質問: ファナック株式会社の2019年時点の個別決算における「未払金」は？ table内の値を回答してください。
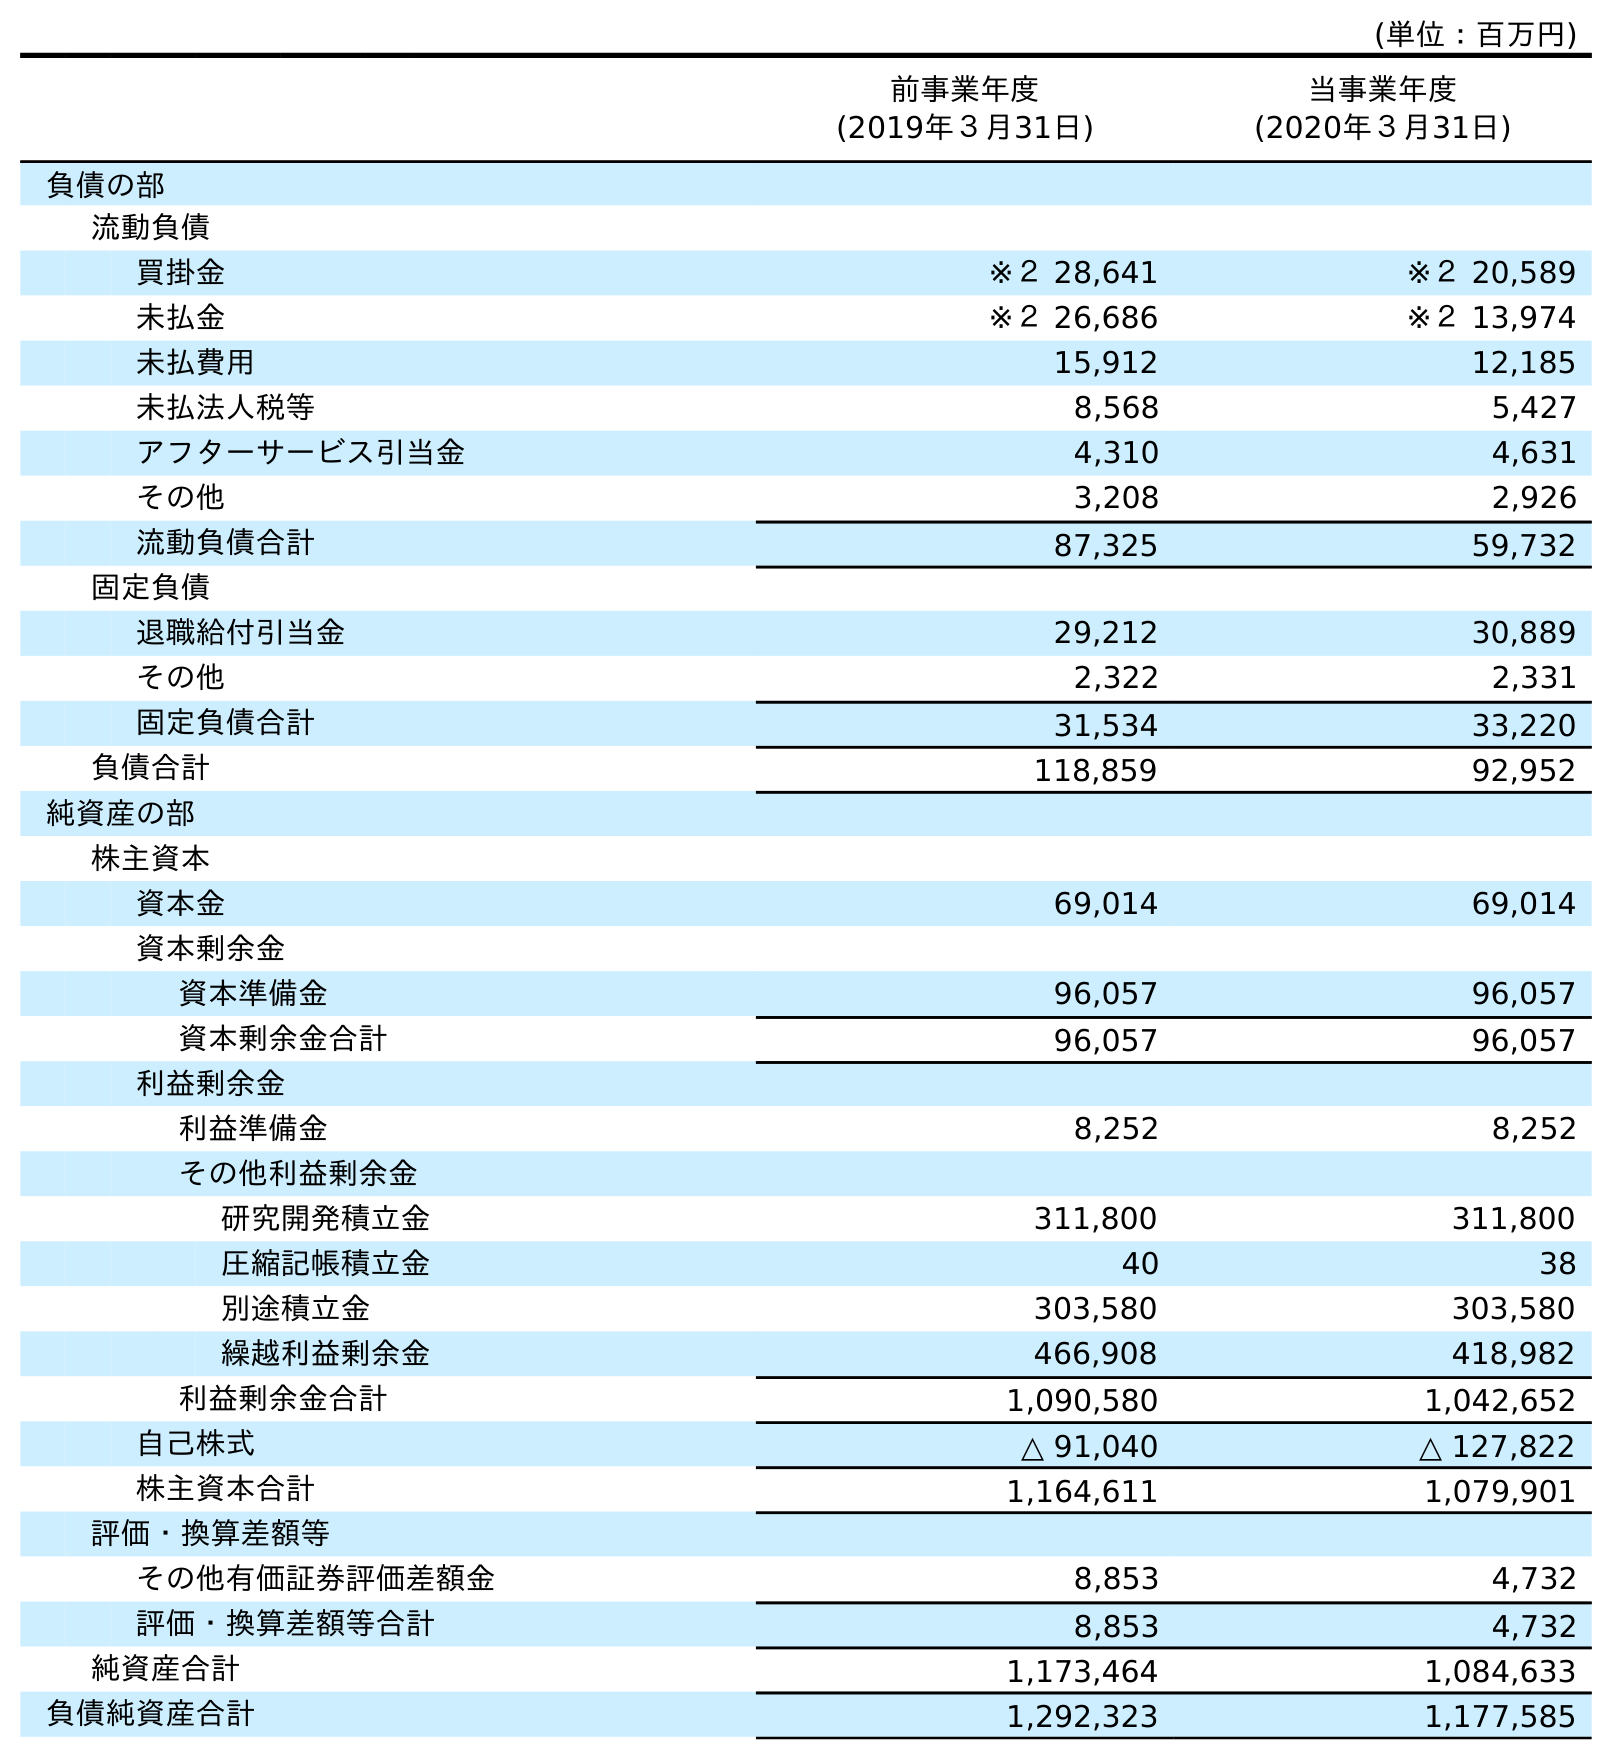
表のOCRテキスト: (単位：百万円) 前事業年度 (2019年３月31日) 当事業年度 (2020年３月31日) 負債の部 流動負債 買掛金 ※２ 28,641 ※２ 20,589 未払金 ※２ 26,686 ※２ 13,974 未払費用 15,912 12,185 未払法人税等 8,568 5,427 アフターサービス引当金 4,310 4,631 その他 3,208 2,926 流動負債合計 87,325 59,732 固定負債 退職給付引当金 29,212 30,889 その他 2,322 2,331 固定負債合計 31,534 33,220 負債合計 118,859 92,952 純資産の部 株主資本 資本金 69,014 69,014 資本剰余金 資本準備金 96,057 96,057 資本剰余金合計 96,057 96,057 利益剰余金 利益準備金 8,252 8,252 その他利益剰余金 研究開発積立金 311,800 311,800 圧縮記帳積立金 40 38 別途積立金 303,580 303,580 繰越利益剰余金 466,908 418,982 利益剰余金合計 1,090,580 1,042,652 自己株式 △ 91,040 △ 127,822 株主資本合計 1,164,611 1,079,901 評価・換算差額等 その他有価証券評価差額金 8,853 4,732 評価・換算差額等合計 8,853 4,732 純資産合計 1,173,464 1,084,633 負債純資産合計 1,292,323 1,177,585
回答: ※２26,686